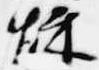
秋